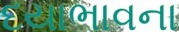
દયાભાવના